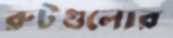
রুটগুলোর